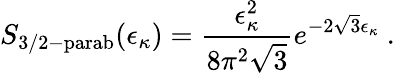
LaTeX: S_{\mathrm{3/2-parab}}(\epsilon_{\kappa})=\frac{\epsilon_{\kappa}^{2}}{8\pi^{2}\sqrt{3}}e^{-2\sqrt{3}\epsilon_{\kappa}}~.